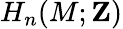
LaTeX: H_{n}(M;\mathbf{Z})